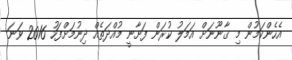
އެހެންކަމުން މި ޤާނޫނަށް އަމަލު ކުރަން ފަށާނީ މުއްދަތެއް ދިނުމަށްފަހު 2016 ވަނަ